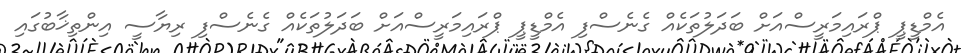
އެމްޑީޕީ ޕްރައިމަރީސްއަށް ބަދަލުތަކެއް ގެނެސްފި އެމްޑީޕީ ޕްރައިމަރީސްއަށް ބަދަލުތަކެއް ގެނެސްފި ރިޔާސީ އިންތިޚާބުގައި